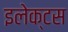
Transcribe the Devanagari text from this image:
इलेक्टस